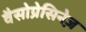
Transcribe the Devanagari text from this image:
वैसोप्रेसिनेज़